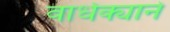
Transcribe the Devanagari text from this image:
वार्धक्याने